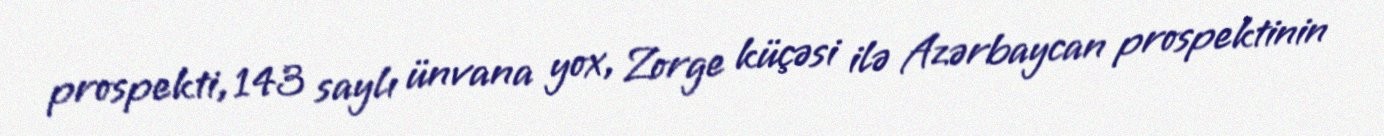
prospekti, 143 saylı ünvana yox, Zorge küçəsi ilə Azərbaycan prospektinin